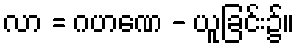
လာ = ဂဟဏေ - ယူခြင်း၌။